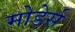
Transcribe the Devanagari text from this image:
मोडेर्स